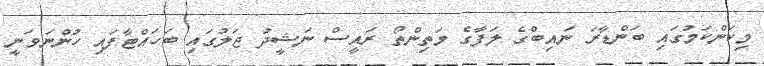
މިކަންކަމުގައި ބަންޑާރަ ނައިބްގެ ލަފާގެ މަތިންތޯ ރައީސް ނަޝީދު ޖަލުގައި ބަހައްޓާފައި ހުންނަވަނީ